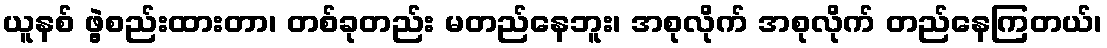
ယူနစ် ဖွဲ့စည်းထားတာ၊ တစ်ခုတည်း မတည်နေဘူး၊ အစုလိုက် အစုလိုက် တည်နေကြတယ်၊